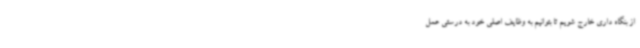
از بنگاه داری خارج شویم تا بتوانیم به وظایف اصلی خود به درستی عمل